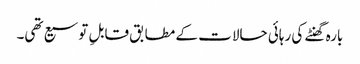
بارہ گھنٹے کی رہائی حالات کے مطابق قابلِ توسیع تھی۔